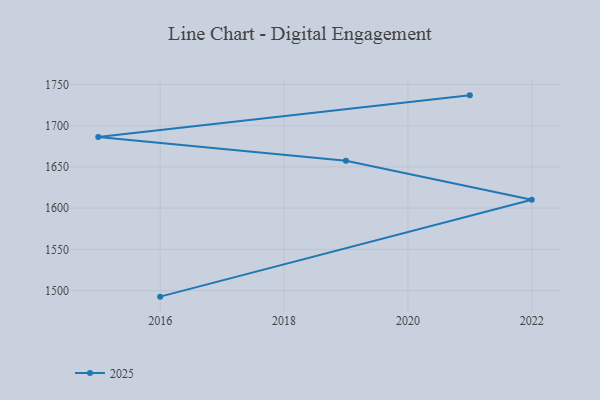
{"axis": {"x": "Year", "y": "Budget (USD K)"}, "legend": ["2025"], "data": [{"x": "2016", "y": 1492.6, "type": "2025"}, {"x": "2022", "y": 1610.2, "type": "2025"}, {"x": "2019", "y": 1657.5, "type": "2025"}, {"x": "2015", "y": 1686.4, "type": "2025"}, {"x": "2021", "y": 1736.8, "type": "2025"}]}